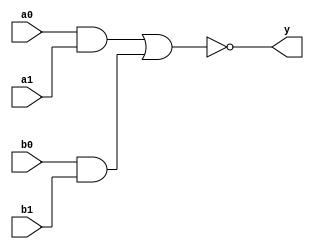
module tri_aoi22(
   y,
   a0,
   a1,
   b0,
   b1
);
   parameter                      WIDTH = 1;
   parameter                      BTR = "AOI22_X2M_NONE";  //Specify full BTR name, else let tool select
   output [0:WIDTH-1]  y;
   input [0:WIDTH-1]   a0;
   input [0:WIDTH-1]   a1;
   input [0:WIDTH-1]   b0;
   input [0:WIDTH-1]   b1;

   // tri_aoi22
   genvar 	       i;
   wire [0:WIDTH-1]    outA;
   wire [0:WIDTH-1]    outB;

   generate
      begin : t
	 for (i = 0; i < WIDTH; i = i + 1)
	   begin : w

	      and I0(outA[i], a0[i], a1[i]);
	      and I1(outB[i], b0[i], b1[i]);
	      nor I2(y[i], outA[i], outB[i]);


	   end // block: w
      end

   endgenerate
endmodule